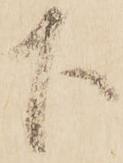
下